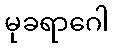
မုခရာဂေါ